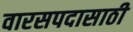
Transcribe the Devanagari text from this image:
वारसपदासाठी